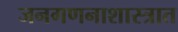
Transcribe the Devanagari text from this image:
जनगणनाशास्त्रात